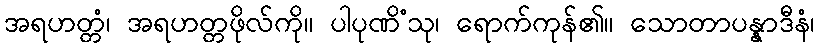
အရဟတ္တံ၊ အရဟတ္တဖိုလ်ကို။ ပါပုဏိံသု၊ ရောက်ကုန်၏။ သောတာပန္နာဒီနံ၊